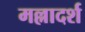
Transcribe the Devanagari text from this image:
मल्लादर्श